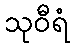
သုဝီရံ